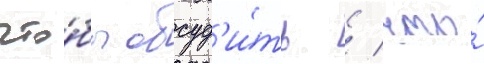
что́бы обсуд'и́ть / что́